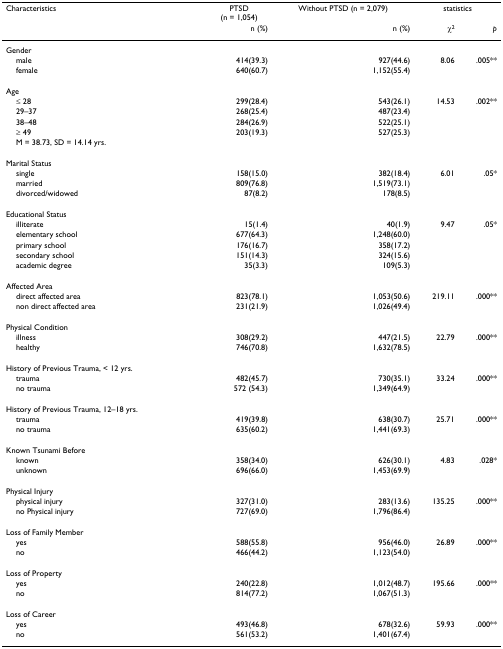
<table><thead><tr><td><b>Characteristics</b></td><td><b>PTSD(n = 1,054)</b></td><td><b>Without PTSD (n = 2,079)</b></td><td colspan="2"><b>statistics</b></td></tr><tr><td></td><td><b>n (%)</b></td><td><b>n (%)</b></td><td><b>χ<sup>2</sup></b></td><td><b><i>p</i></b></td></tr></thead><tbody><tr><td>Gender</td><td></td><td></td><td></td><td></td></tr><tr><td> male</td><td>414(39.3)</td><td>927(44.6)</td><td>8.06</td><td>.005**</td></tr><tr><td> female</td><td>640(60.7)</td><td>1,152(55.4)</td><td></td><td></td></tr><tr><td>Age</td><td></td><td></td><td></td><td></td></tr><tr><td> ≤ 28</td><td>299(28.4)</td><td>543(26.1)</td><td>14.53</td><td>.002**</td></tr><tr><td> 29–37</td><td>268(25.4)</td><td>487(23.4)</td><td></td><td></td></tr><tr><td> 38–48</td><td>284(26.9)</td><td>522(25.1)</td><td></td><td></td></tr><tr><td> ≥ 49</td><td>203(19.3)</td><td>527(25.3)</td><td></td><td></td></tr><tr><td> M = 38.73, SD = 14.14 yrs.</td><td></td><td></td><td></td><td></td></tr><tr><td>Marital Status</td><td></td><td></td><td></td><td></td></tr><tr><td> single</td><td>158(15.0)</td><td>382(18.4)</td><td>6.01</td><td>.05*</td></tr><tr><td> married</td><td>809(76.8)</td><td>1,519(73.1)</td><td></td><td></td></tr><tr><td> divorced/widowed</td><td>87(8.2)</td><td>178(8.5)</td><td></td><td></td></tr><tr><td>Educational Status</td><td></td><td></td><td></td><td></td></tr><tr><td> illiterate</td><td>15(1.4)</td><td>40(1.9)</td><td>9.47</td><td>.05*</td></tr><tr><td> elementary school</td><td>677(64.3)</td><td>1,248(60.0)</td><td></td><td></td></tr><tr><td> primary school</td><td>176(16.7)</td><td>358(17.2)</td><td></td><td></td></tr><tr><td> secondary school</td><td>151(14.3)</td><td>324(15.6)</td><td></td><td></td></tr><tr><td> academic degree</td><td>35(3.3)</td><td>109(5.3)</td><td></td><td></td></tr><tr><td>Affected Area</td><td></td><td></td><td></td><td></td></tr><tr><td> direct affected area</td><td>823(78.1)</td><td>1,053(50.6)</td><td>219.11</td><td>.000**</td></tr><tr><td> non direct affected area</td><td>231(21.9)</td><td>1,026(49.4)</td><td></td><td></td></tr><tr><td>Physical Condition</td><td></td><td></td><td></td><td></td></tr><tr><td> illness</td><td>308(29.2)</td><td>447(21.5)</td><td>22.79</td><td>.000**</td></tr><tr><td> healthy</td><td>746(70.8)</td><td>1,632(78.5)</td><td></td><td></td></tr><tr><td>History of Previous Trauma, &lt; 12 yrs.</td><td></td><td></td><td></td><td></td></tr><tr><td> trauma</td><td>482(45.7)</td><td>730(35.1)</td><td>33.24</td><td>.000**</td></tr><tr><td> no trauma</td><td>572 (54.3)</td><td>1,349(64.9)</td><td></td><td></td></tr><tr><td>History of Previous Trauma, 12–18 yrs.</td><td></td><td></td><td></td><td></td></tr><tr><td> trauma</td><td>419(39.8)</td><td>638(30.7)</td><td>25.71</td><td>.000**</td></tr><tr><td> no trauma</td><td>635(60.2)</td><td>1,441(69.3)</td><td></td><td></td></tr><tr><td>Known Tsunami Before</td><td></td><td></td><td></td><td></td></tr><tr><td> known</td><td>358(34.0)</td><td>626(30.1)</td><td>4.83</td><td>.028*</td></tr><tr><td> unknown</td><td>696(66.0)</td><td>1,453(69.9)</td><td></td><td></td></tr><tr><td>Physical Injury</td><td></td><td></td><td></td><td></td></tr><tr><td> physical injury</td><td>327(31.0)</td><td>283(13.6)</td><td>135.25</td><td>.000**</td></tr><tr><td> no Physical injury</td><td>727(69.0)</td><td>1,796(86.4)</td><td></td><td></td></tr><tr><td>Loss of Family Member</td><td></td><td></td><td></td><td></td></tr><tr><td> yes</td><td>588(55.8)</td><td>956(46.0)</td><td>26.89</td><td>.000**</td></tr><tr><td> no</td><td>466(44.2)</td><td>1,123(54.0)</td><td></td><td></td></tr><tr><td>Loss of Property</td><td></td><td></td><td></td><td></td></tr><tr><td> yes</td><td>240(22.8)</td><td>1,012(48.7)</td><td>195.66</td><td>.000**</td></tr><tr><td> no</td><td>814(77.2)</td><td>1,067(51.3)</td><td></td><td></td></tr><tr><td>Loss of Career</td><td></td><td></td><td></td><td></td></tr><tr><td> yes</td><td>493(46.8)</td><td>678(32.6)</td><td>59.93</td><td>.000**</td></tr><tr><td> no</td><td>561(53.2)</td><td>1,401(67.4)</td><td></td><td></td></tr></tbody></table>